Plague in India, 1896, 1897 - Volume 3
Year: 1896
Disease focus: Plague
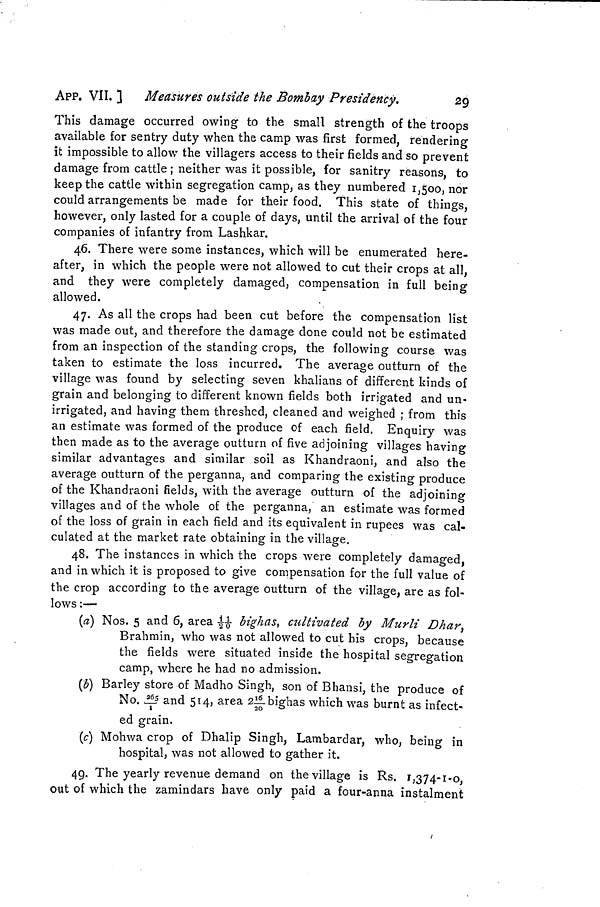
APP. VII. ] Measures outside the Bombay Presidency.
29
This damage occurred owing to the small strength of the troops
available for sentry duty when the camp was first formed, rendering
it impossible to allow the villagers access to their fields and so prevent
damage from cattle ; neither was it possible, for sanitry reasons, to
keep the cattle within segregation camp, as they numbered 1,500, nor
could arrangements be made for their food. This state of things,
however, only lasted for a couple of days, until the arrival of the four
companies of infantry from Lashkar.
46. There were some instances, which will be enumerated here-
after, in which the people were not allowed to cut their crops at all,
and they were completely damaged, compensation in full being
allowed.
47. As all the crops had been cut before the compensation list
was made out, and therefore the damage done could not be estimated
from an inspection of the standing crops, the following course was
taken to estimate the loss incurred. The average outturn of the
village was found by selecting seven khalians of different kinds of
grain and belonging to different known fields both irrigated and un«
irrigated, and having them threshed, cleaned and weighed ; from this
an estimate was formed of the produce of each field. Enquiry was
then made as to the average outturn of five adjoining villages having
similar advantages and similar soil as Khandraoni, and also the
average outturn of the perganna, and comparing the existing produce
of the Khandraoni fields, with the average outturn of the adjoining
villages and of the whole of the perganna, an estimate was formed
of the loss of grain in each field and its equivalent in rupees was cal-
culated at the market rate obtaining in the village.
48. The instances in which the crops were completely damaged,
and in which it is proposed to give compensation for the full value of
the crop according to the average outturn of the village, are as fol-
lows :—
(a) Nos. 5 and 6, area 11/20 - bighas, cultivated by Murli Dhar,
Brahmin, who was not allowed to cut his crops, because
the fields were situated inside the hospital segregation
camp, where he had no admission.
(b) Barley store of Madho Singh, son of Bhansi, the produce of
No. 205/1 and 514, area 216/20bighas which was burnt as infect-
ed grain.
(c) Mohwa crop of Dhalip Singh, Lambardar, who, being in
hospital, was not allowed to gather it.
49. The yearly revenue demand on the village is Rs. 1,374-1-0,
out of which the zamindars have only paid a four-anna instalment
/